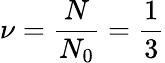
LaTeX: \nu=\frac{N}{N_{0}}=\frac{1}{3}